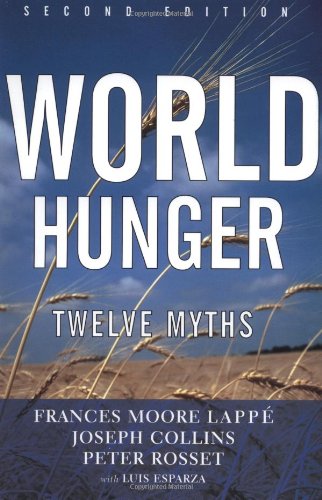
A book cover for World Hunger: Twelve Myths (22); Frances Moore Lappe; Science & Math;